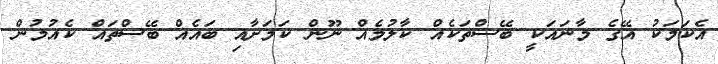
އެކަމަކު އޭގެ މާނައަކީ ބޭސްތަކެއް ކާލުމެއް ނޫން ކަމަށާއި ބައެއް ބޭސްތައް ކެއުމުން